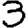
Digit: 3